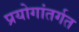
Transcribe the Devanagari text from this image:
प्रयोगांतर्गत